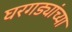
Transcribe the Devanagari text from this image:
घरगड्यांच्या